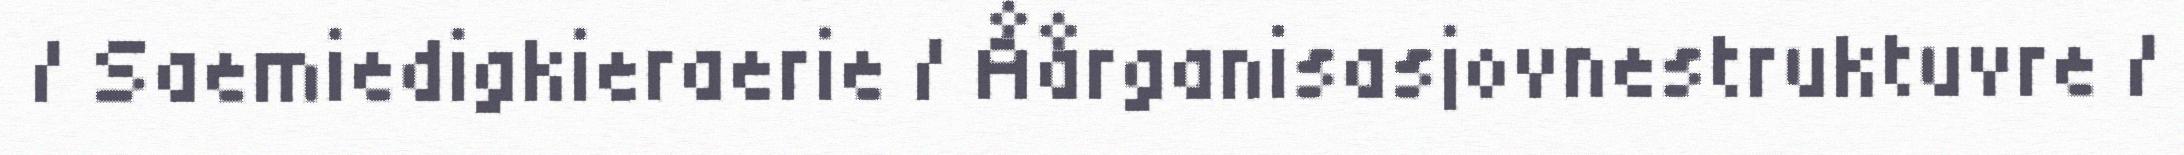
/ Saemiedigkieraerie / Åårganisasjovnestruktuvre /